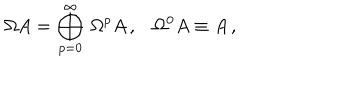
\Omega A = \bigoplus _ { p = 0 } ^ { \infty } \, \Omega ^ { p } A \, , \, \, \, \, \, \Omega ^ { 0 } A \equiv A \, ,